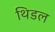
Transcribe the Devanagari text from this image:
थिडल